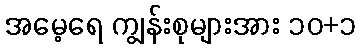
အမေ့ရေ ကျွန်းစုများအား ၁၀+၁